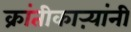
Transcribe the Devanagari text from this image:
क्रांतीकाऱ्यांनी